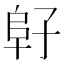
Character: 𱀂